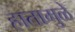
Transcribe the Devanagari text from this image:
हातामुळे